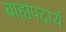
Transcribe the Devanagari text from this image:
बाह्यपदार्थ